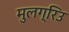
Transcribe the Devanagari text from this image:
मुलग्रिउ